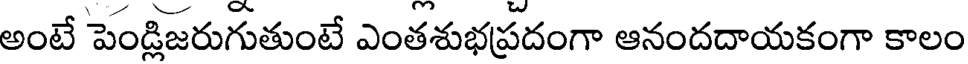
అంటే పెండ్లిజరుగుతుంటే ఎంతశుభప్రదంగా ఆనందదాయకంగా కాలం